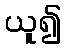
ယူ၍